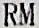
RM